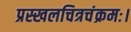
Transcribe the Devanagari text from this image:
प्रस्खलचित्रचंक्रमः।